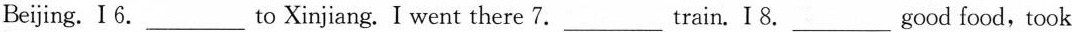
Beijing. I 6.___ to Xinjiang. I went there 7._train. I 8.___ good food,took